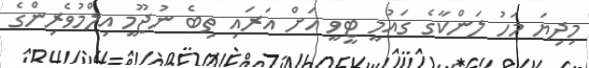
މިދިޔަ މަހު ލަންކާގެ ގައުމީ ޓީވީ އަށް އަރައި ތިބެ ނުޖޫމީ އިލްމުވެރިންގެ